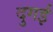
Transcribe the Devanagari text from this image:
दुगई